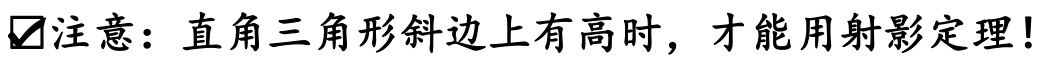
$\boxtimes$注意：直角三角形斜边上有高时，才能用射影定理！